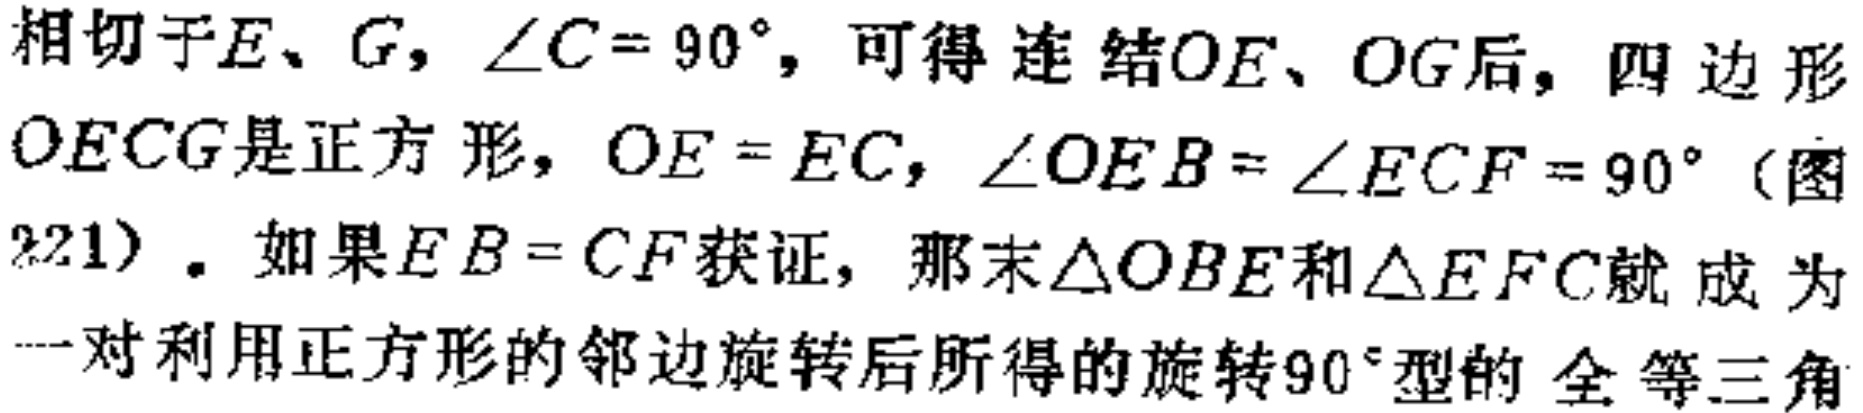
相切于\(E、G\)，\(\angle C = 90^{\circ}\)，可得连结\(OE、OG\)后，四边形\(OECG\)是正方形，\(OE = EC\)，\(\angle OEB=\angle ECF = 90^{\circ}\)（图221）. 如果\(EB = CF\)获证，那末\(\triangle OBE\)和\(\triangle EFC\)就成为一对利用正方形的邻边旋转后所得的旋转\(90^{\circ}\)型的全等三角